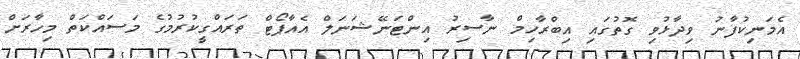
އެމަނިކުފާނު ވިދާޅުވި ގޮތުގައި އިބްރާހިމް ނާސިރު އިންޓަނޭޝަނަލް އެއާޕޯޓް ތަރައްގީކުރުމުގެ މަސައްކަތް މިހާރަށް